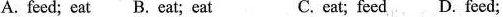
A. feed; eat B. Eat; eat C.cat; feed D. Feed; feed